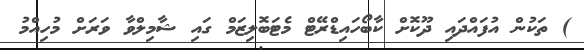
) ތަކުން އުފައްދައި ދޫކޮށް ކާބޯހައިޑްރޭޓް މެޓަބޮލިޒަމް ގައި ޝާމިލްވާ ވަރަށް މުހިއްމު